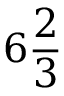
6 { \frac { 2 } { 3 } }